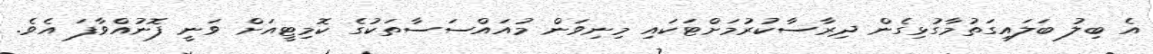
އެ ބިލު ބަލައިގަތުމާގުޅިގެން ދިރާސާކުރުމަށްޓަކައި މިނިވަން މުއައްސަސާތަކުގެ ކޮމިޓީއަށް ވަނީ ފޮނުއްވާފަ އެވެ.